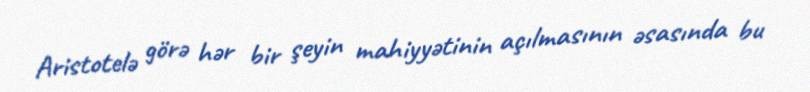
Aristotelə görə hər bir şeyin mahiyyətinin açılmasının əsasında bu